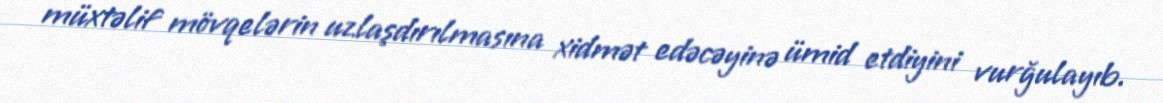
müxtəlif mövqelərin uzlaşdırılmasına xidmət edəcəyinə ümid etdiyini vurğulayıb.